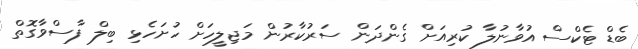
ބެޑް ޓެކްސް އުވާނުލާ ކުރިއަށް ގެންދަން ސަރުކާރުން މަޖިލީހަށް ހުށަހެޅި ބިލް ފާސްވާގޮތް